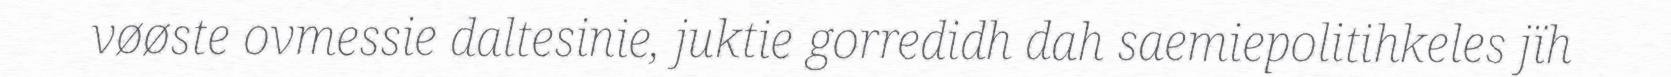
vøøste ovmessie daltesinie, juktie gorredidh dah saemiepolitihkeles jïh